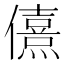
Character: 𰃂